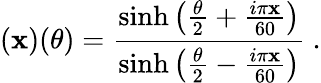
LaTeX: (\mathbf{x})(\theta)=\frac{{\sinh\left(\frac{{\theta}}{{2}}+\frac{{i\pi\mathbf{x}}}{{60}}\right)}}{{\sinh\left(\frac{{\theta}}{{2}}-\frac{{i\pi\mathbf{x}}}{{60}}\right)}}~.